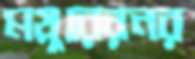
ময়ুরেরনর